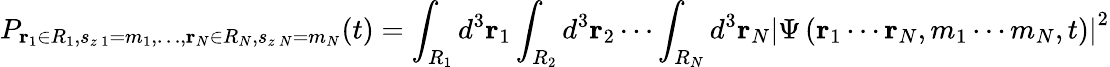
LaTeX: P_{\mathbf{r}_{1}\in R_{1},s_{z\, 1}=m_{1},\ldots,\mathbf{r}_{N}\in R_{N},s_{z\, N}=m_{N}}(t)=\int_{R_{1}}d^{3}\mathbf{r}_{1}\int_{R_{2}}d^{3}\mathbf{r}_{2}\cdots\int_{R_{N}}d^{3}\mathbf{r}_{N}\left|\Psi\left(\mathbf{r}_{1}\cdots\mathbf{r}_{N},m_{1}\cdots m_{N},t\right)\right|^{2}